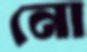
নো